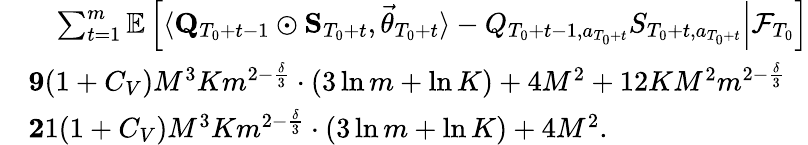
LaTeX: \begin{array}{rl}&{\quad\sum_{t=1}^{m}\mathbb E\left[\left.\langle\mathbf Q_{T_{0}+t-1}\odot\mathbf S_{T_{0}+t},\vec{\theta}_{T_{0}+t}\rangle-Q_{T_{0}+t-1,a_{T_{0}+t}}S_{T_{0}+t,a_{T_{0}+t}}\right\vert\mathcal F_{T_{0}}\right]}\\ &{\le 9(1+C_{V})M^{3}Km^{2-\frac\delta 3}\cdot\left(3\ln m+\ln K\right)+4M^{2}+12KM^{2}m^{2-\frac\delta 3}}\\ &{\le 21(1+C_{V})M^{3}Km^{2-\frac\delta 3}\cdot\left(3\ln m+\ln K\right)+4M^{2}.}\end{array}